Annual report on the health of the army in India
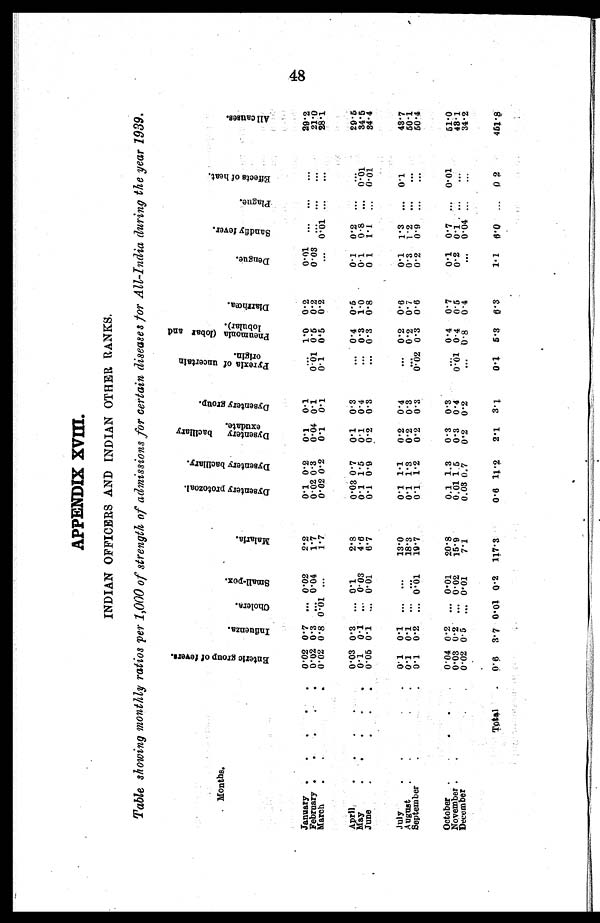
APPENDIX XVIII.
INDIAN OFFICERS AND INDIAN OTHER RANKS.
Table showing monthly ratios per 1,000 of strength of admissions for certain diseases tor All-India during the year 7939.
Months.
E n t e r l c g r o u p o f f e v e r s
I n f l u e n z a
C h o l e r a
S m a l l – P o x
M a l a r i a
D y s e n t e r y P r o t o z o a l
D y s e n t e r y b a c i l l a r y
D y s e n t e r y b a c i l l a r y e x u d a t e
D y s e n t e r y g r o u p
P y r e x i a o f u n c e r t a i n o r i g i n .
P n e u m o n i a ( l o b a r a n d l o b u l a r )
D i a r r h œ a
D e n g u e
S a n d f l y f e v e r
P l a g u e
E f f e c t s o f h e a t
A l l c a u s e s
January .
.
.
.
0 . 0 2
0 . 7
. . 0.02
2 . 2
0 . 1 0.2
0.1
0 . 1
. . .
1 . 0
0 . 2
0 . 0 1
. .
. . .
. . .
2 9 . 2
February .
.
.
0 . 0 2
0 . 3
. . . 0.04
1 . 7
0 . 0 2 0.3
0.04
0 . 1
0 . 0 1
0 . 5
0 . 2
0 . 0 3
. .
21.0
March
. . .
0 . 0 2
0 . 5
0 . 0 1 ...
1 . 7
0 . 0 2 0.2
0.1
0 . 1
0 . 1
0 . 5
0 . 2
....
0 . 0 1
. . .
28.1
April .
.
0 . 0 3
0 . 3
.. 0.1
2.8
0 . 0 3 0 . 7
0.1
0 . 3
..-
0 . 4
0 . 5
0.1
0 . 2
....
. .
29.5
May
.
.
.
0 . 1
0 . 1
. . . 0.03
4 . 6
0 . 1
1 . 5
0.1
0 . 4
...
0 . 3
1 . 0
0.1
0 . 8
. . .
0 . 0 1
3 4 . 5
June
0 . 0 5
0 . 1
. . . 0.01
6 . 7
0 . 1 0.9
0.2
0 . 3
. . .
0 . 3
0 . 8
0 . 1
1 . 1
...
0 . 0 1
34.4
July
. .
0 . 1
0 . 1
. . .
...
13.0
0 . 1 1.1
0.2
0 . 4
. . .
0 . 2
0 . 6
0.1
1 . 3
. . .
0 . 1
4 3 . 7
August
.
.
.
.
0 . 1
0 . 1
. . .
...
1 8 . 3
0 . 1 1.3
0.2
0 . 3
. . .
0 . 2
0 . 7
0.3
1 . 2
. . .
0 . 1
5 0 . 1
September
0 . 1
0 . 2
. . 0.01
19.7
0.1
1 . 2
0.2
0 . 3
0 . 0 2
0 . 3
0 . 6
0.2
0 . 9
. . .
. . .
5 0 . 4
October .
.
0 . 0 4
0 . 2
. . . 0.01
2 0 . 8
0 . 1 1.3
0.3
0 . 3
. .
0 . 4
0 . 7
0.1
0 . 7
. . .
0 . 0 1
51.0
November .
.
0 . 0 3
0 . 2
. . . 0.02
1 5 . 9
0 . 0 1
1.5
0.3
0 . 4
0 . 0 1
0 . 4
0 . 5
0 . 2
0 . 1
. . .
. . .
48.1
December
.
0 . 0 2
0 . 5
. . .
0.01
7.1
0.03 0.7
0.2
0 . 2
. . .
0.8
0.4
. . .
0 . 0 4
. . .
. . .
34.2
Total
0 . 6
3 . 7
0 . 0 1 0.2
1 1 7 . 3
0.6 11.2
2.1
3.1
0.1
5.3
6 . 3
1 . 1
6 . 0
. . . 0 2
451.8
..,
48